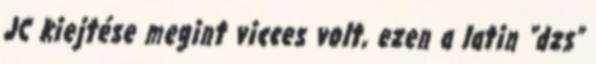
JC kiejtése megint vicces volt, ezen a latin “dzs”